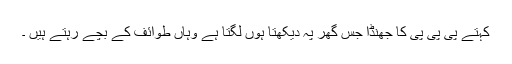
کہتے پی پی پی کا جھنڈا جس گھر پہ دیکھتا ہوں لگتا ہے وہاں طوائف کے بچے رہتے ہیں ۔